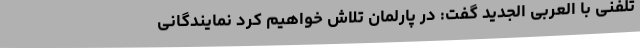
تلفنی با العربی الجدید گفت: در پارلمان تلاش خواهیم کرد نمایندگانی